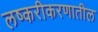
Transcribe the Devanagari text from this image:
लष्करीकरणातील